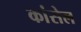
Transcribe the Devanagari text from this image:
कांसेल